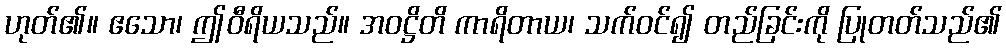
ဟုတ်၏။ ဧသော၊ ဤဝီရိယသည်။ အဝဋ္ဌိတိ ကာရိတာယ၊ သက်ဝင်၍ တည်ခြင်းကို ပြုတတ်သည်၏